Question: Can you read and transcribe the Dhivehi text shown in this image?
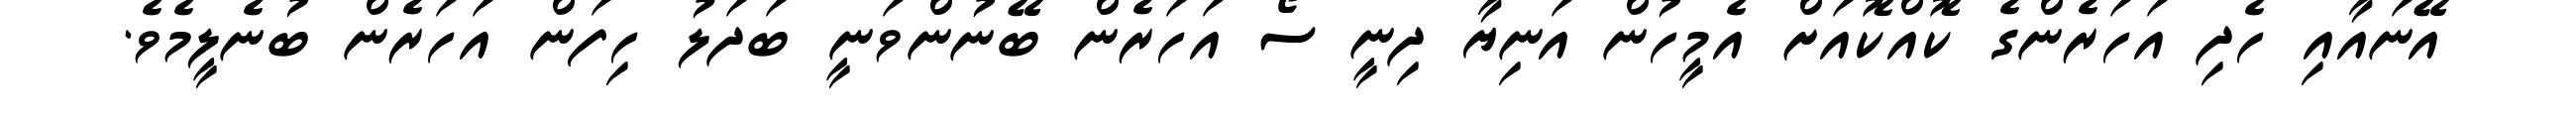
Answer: އޭނައާއި ހެދި އަހަރެންގެ ކޮއްކޮއަށް އެމީހުން އަނިޔާ ދިނީ ސޯ އަހަރެން ބޭނުންވަނީ ބަދަލު ހިފަން އަހަރެން ބުނެލީމެވެ.